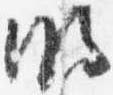
明